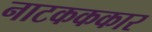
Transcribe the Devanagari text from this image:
नाटकककार